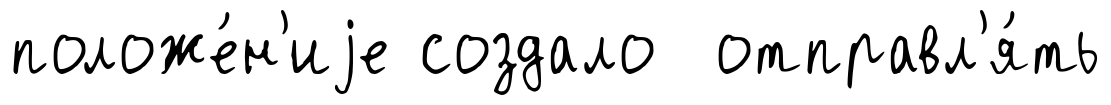
положе́н'иjе создало отправл'я́ть